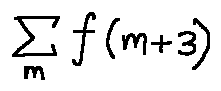
\sum \limits _ { m } f ( m + 3 )